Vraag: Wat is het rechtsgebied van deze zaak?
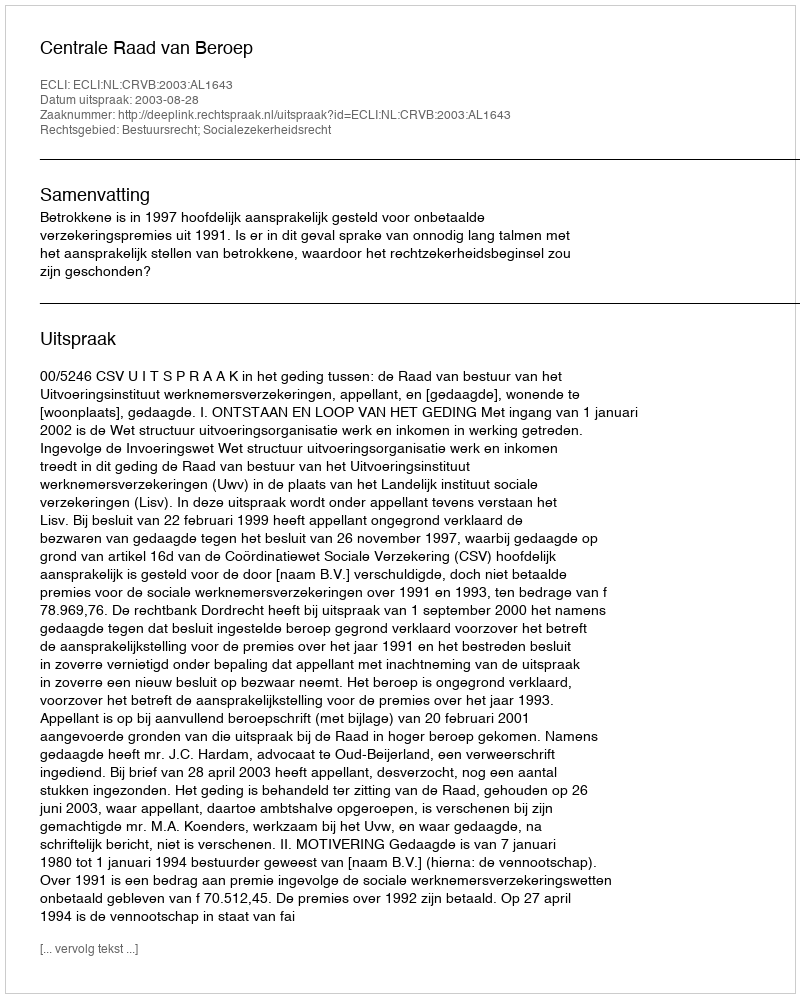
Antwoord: Bestuursrecht; Socialezekerheidsrecht